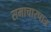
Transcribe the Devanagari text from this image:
समाचारपात्र